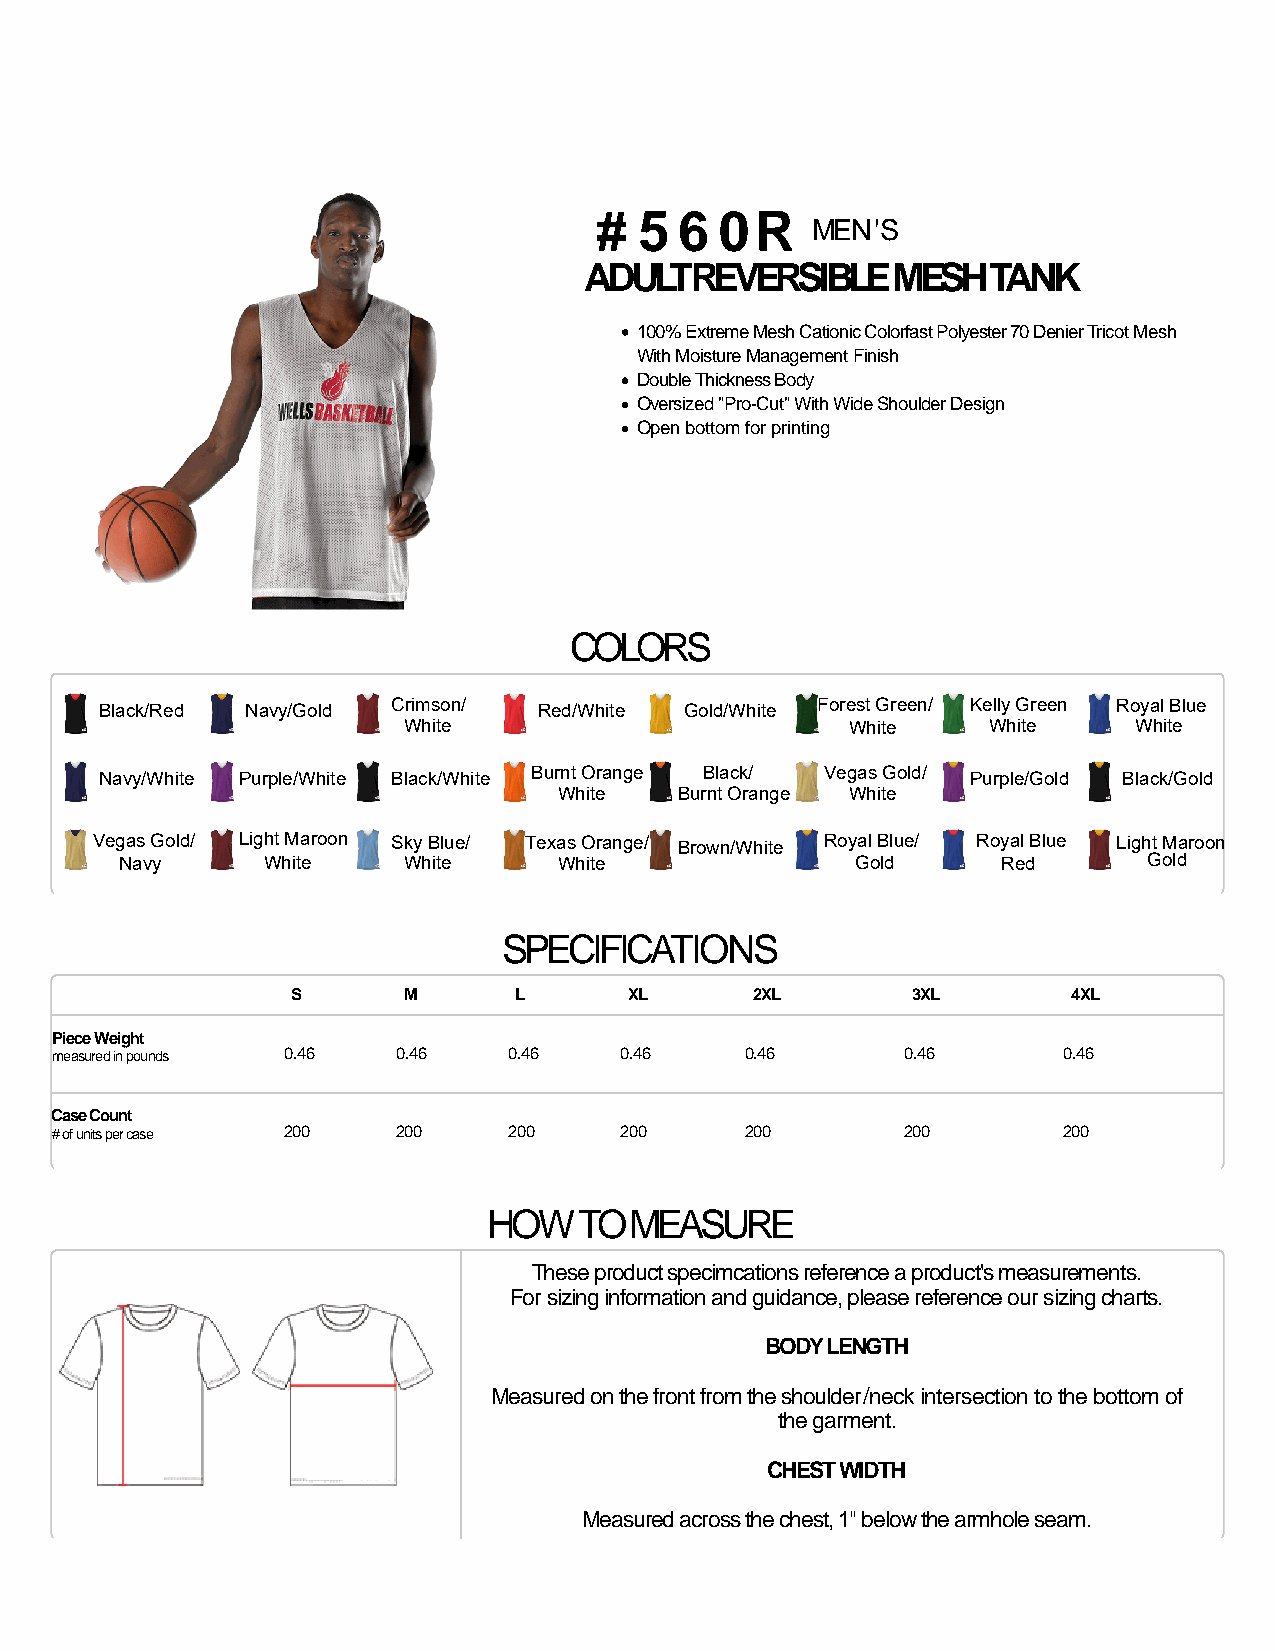
#  5  6  0R
 MEN'S
 ADULT  REVERSIBLE   MESH   TANK
 100% Extreme Mesh Cationic Colorfast Polyester 70 Denier Tricot Mesh
 With Moisture Management Finish
 Double Thickness Body
 Oversized "Pro-Cut" With Wide Shoulder Design
 Open bottom for printing
 COLORS
 SPECIFICATIONS
 S       M      L       XL      2XL       3XL        4XL
 Piece Weight
 measured in pounds 0.46 0.46   0.46   0.46    0.46       0.46      0.46
 Case Count
 # of units per case 200 200    200    200     200        200       200
 HOW   TO  MEASURE
 These product specimcations reference a product's measurements.
 For sizing information and guidance, please reference our sizing charts.
 BODY LENGTH
 Measured on the front from the shoulder/neck intersection to the bottom of
 the garment.
 CHEST WIDTH
 Measured across the chest, 1" below the armhole seam.